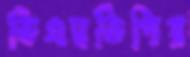
ডিএমডিপির